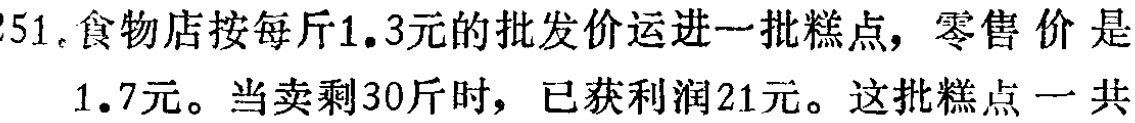
51. 食物店按每斤\(1.3\)元的批发价运进一批糕点，零售价是\(1.7\)元。当卖剩\(30\)斤时，已获利润\(21\)元。这批糕点一共